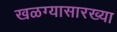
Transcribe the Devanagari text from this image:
खळग्यासारख्या